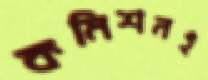
কমিশনই